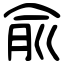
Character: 兪